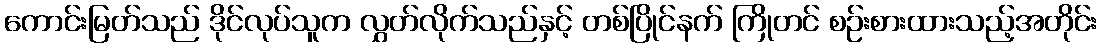
ကောင်းမြတ်သည် ဒိုင်လုပ်သူက လွှတ်လိုက်သည်နှင့် တစ်ပြိုင်နက် ကြိုတင် စဉ်းစားထားသည့်အတိုင်း